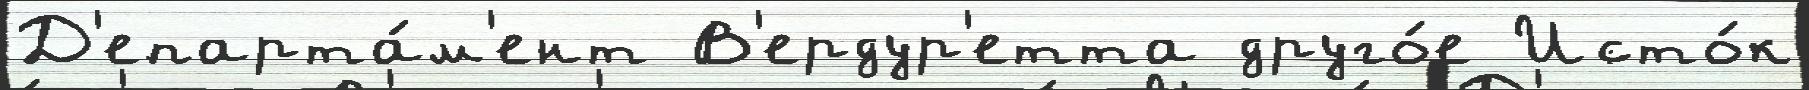
Д'епарта́м'ент В'ердур'етта друго́е Исто́к